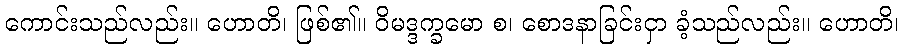
ကောင်းသည်လည်း။ ဟောတိ၊ ဖြစ်၏။ ဝိမဒ္ဒက္ခမော စ၊ စောဒနာခြင်းငှာ ခံ့သည်လည်း။ ဟောတိ၊